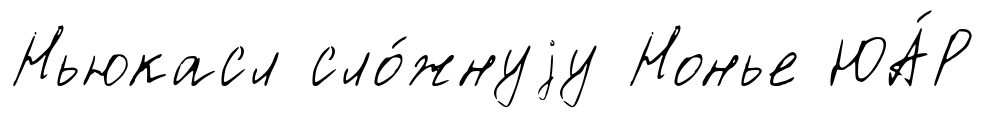
Ньюкасл сло́жнуjу Нонье ЮА́Р